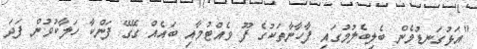
"އަޅުގަނޑުމެން ބެލިބެލުމުގައި ފާހާނާތަކުގެ ފޫ ވެއްޓުމާއި ބައެއް ގޭގޭ ފަންކާ ހަލާކުވުން ފަދަ